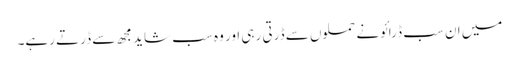
میں ان سب ڈرائونے حملوں سے ڈرتی رہی اور وہ سب شاید مجھ سے ڈرتے رہے۔